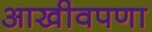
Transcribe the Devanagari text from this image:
आखीवपणा